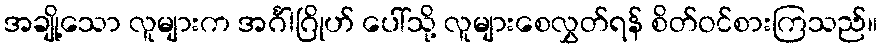
အချို့သော လူများက အင်္ဂါဂြိုဟ် ပေါ်သို့ လူများစေလွှတ်ရန် စိတ်ဝင်စားကြသည်။